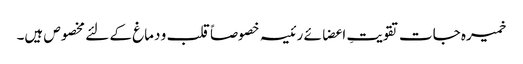
خمیرہ جات تقویتِ اعضائے رئیسہ خصوصاً قلب و دماغ کے لئے مخصوص ہیں۔